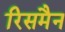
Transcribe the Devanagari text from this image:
रिसमैन